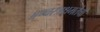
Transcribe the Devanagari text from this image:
अण्वस्त्रक्षमतेची